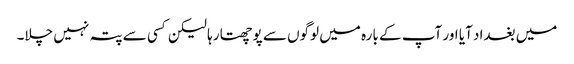
میں بغداد آیا اور آپ کے بارہ میں لوگوں سے پوچھتا رہا لیکن کسی سے پتہ نہیں چلا۔